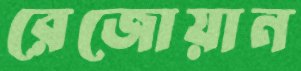
রেজোয়ান